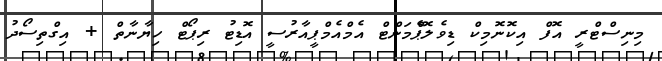
މިނިސްޓްރީ އޮފް އިކޮނޮމިކް ޑިވެލޮޕްެމަންޓް އެމްއެމްޕީއާރުސީ އޮޑިޓު ރިޕޯޓް ހިޔާނާތް + އިގްތިސޯދު